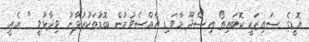
އޮޑީގެ ސައިޒަކީ ކޮބައިތޯ އިސްދޫ މާވަޑި އެއްސެވުމުން ބޮޑުތަކުރުފާނު ވިދާޅުވީ " އެއީ